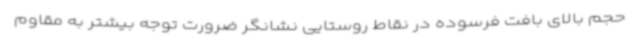
حجم بالای بافت فرسوده در نقاط روستایی نشانگر ضرورت توجه بیشتر به مقاوم